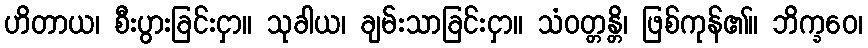
ဟိတာယ၊ စီးပွားခြင်းငှာ။ သုခါယ၊ ချမ်းသာခြင်းငှာ။ သံဝတ္တန္တိ၊ ဖြစ်ကုန်၏။ ဘိက္ခဝေ၊